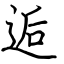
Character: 逅